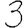
Digit: 3